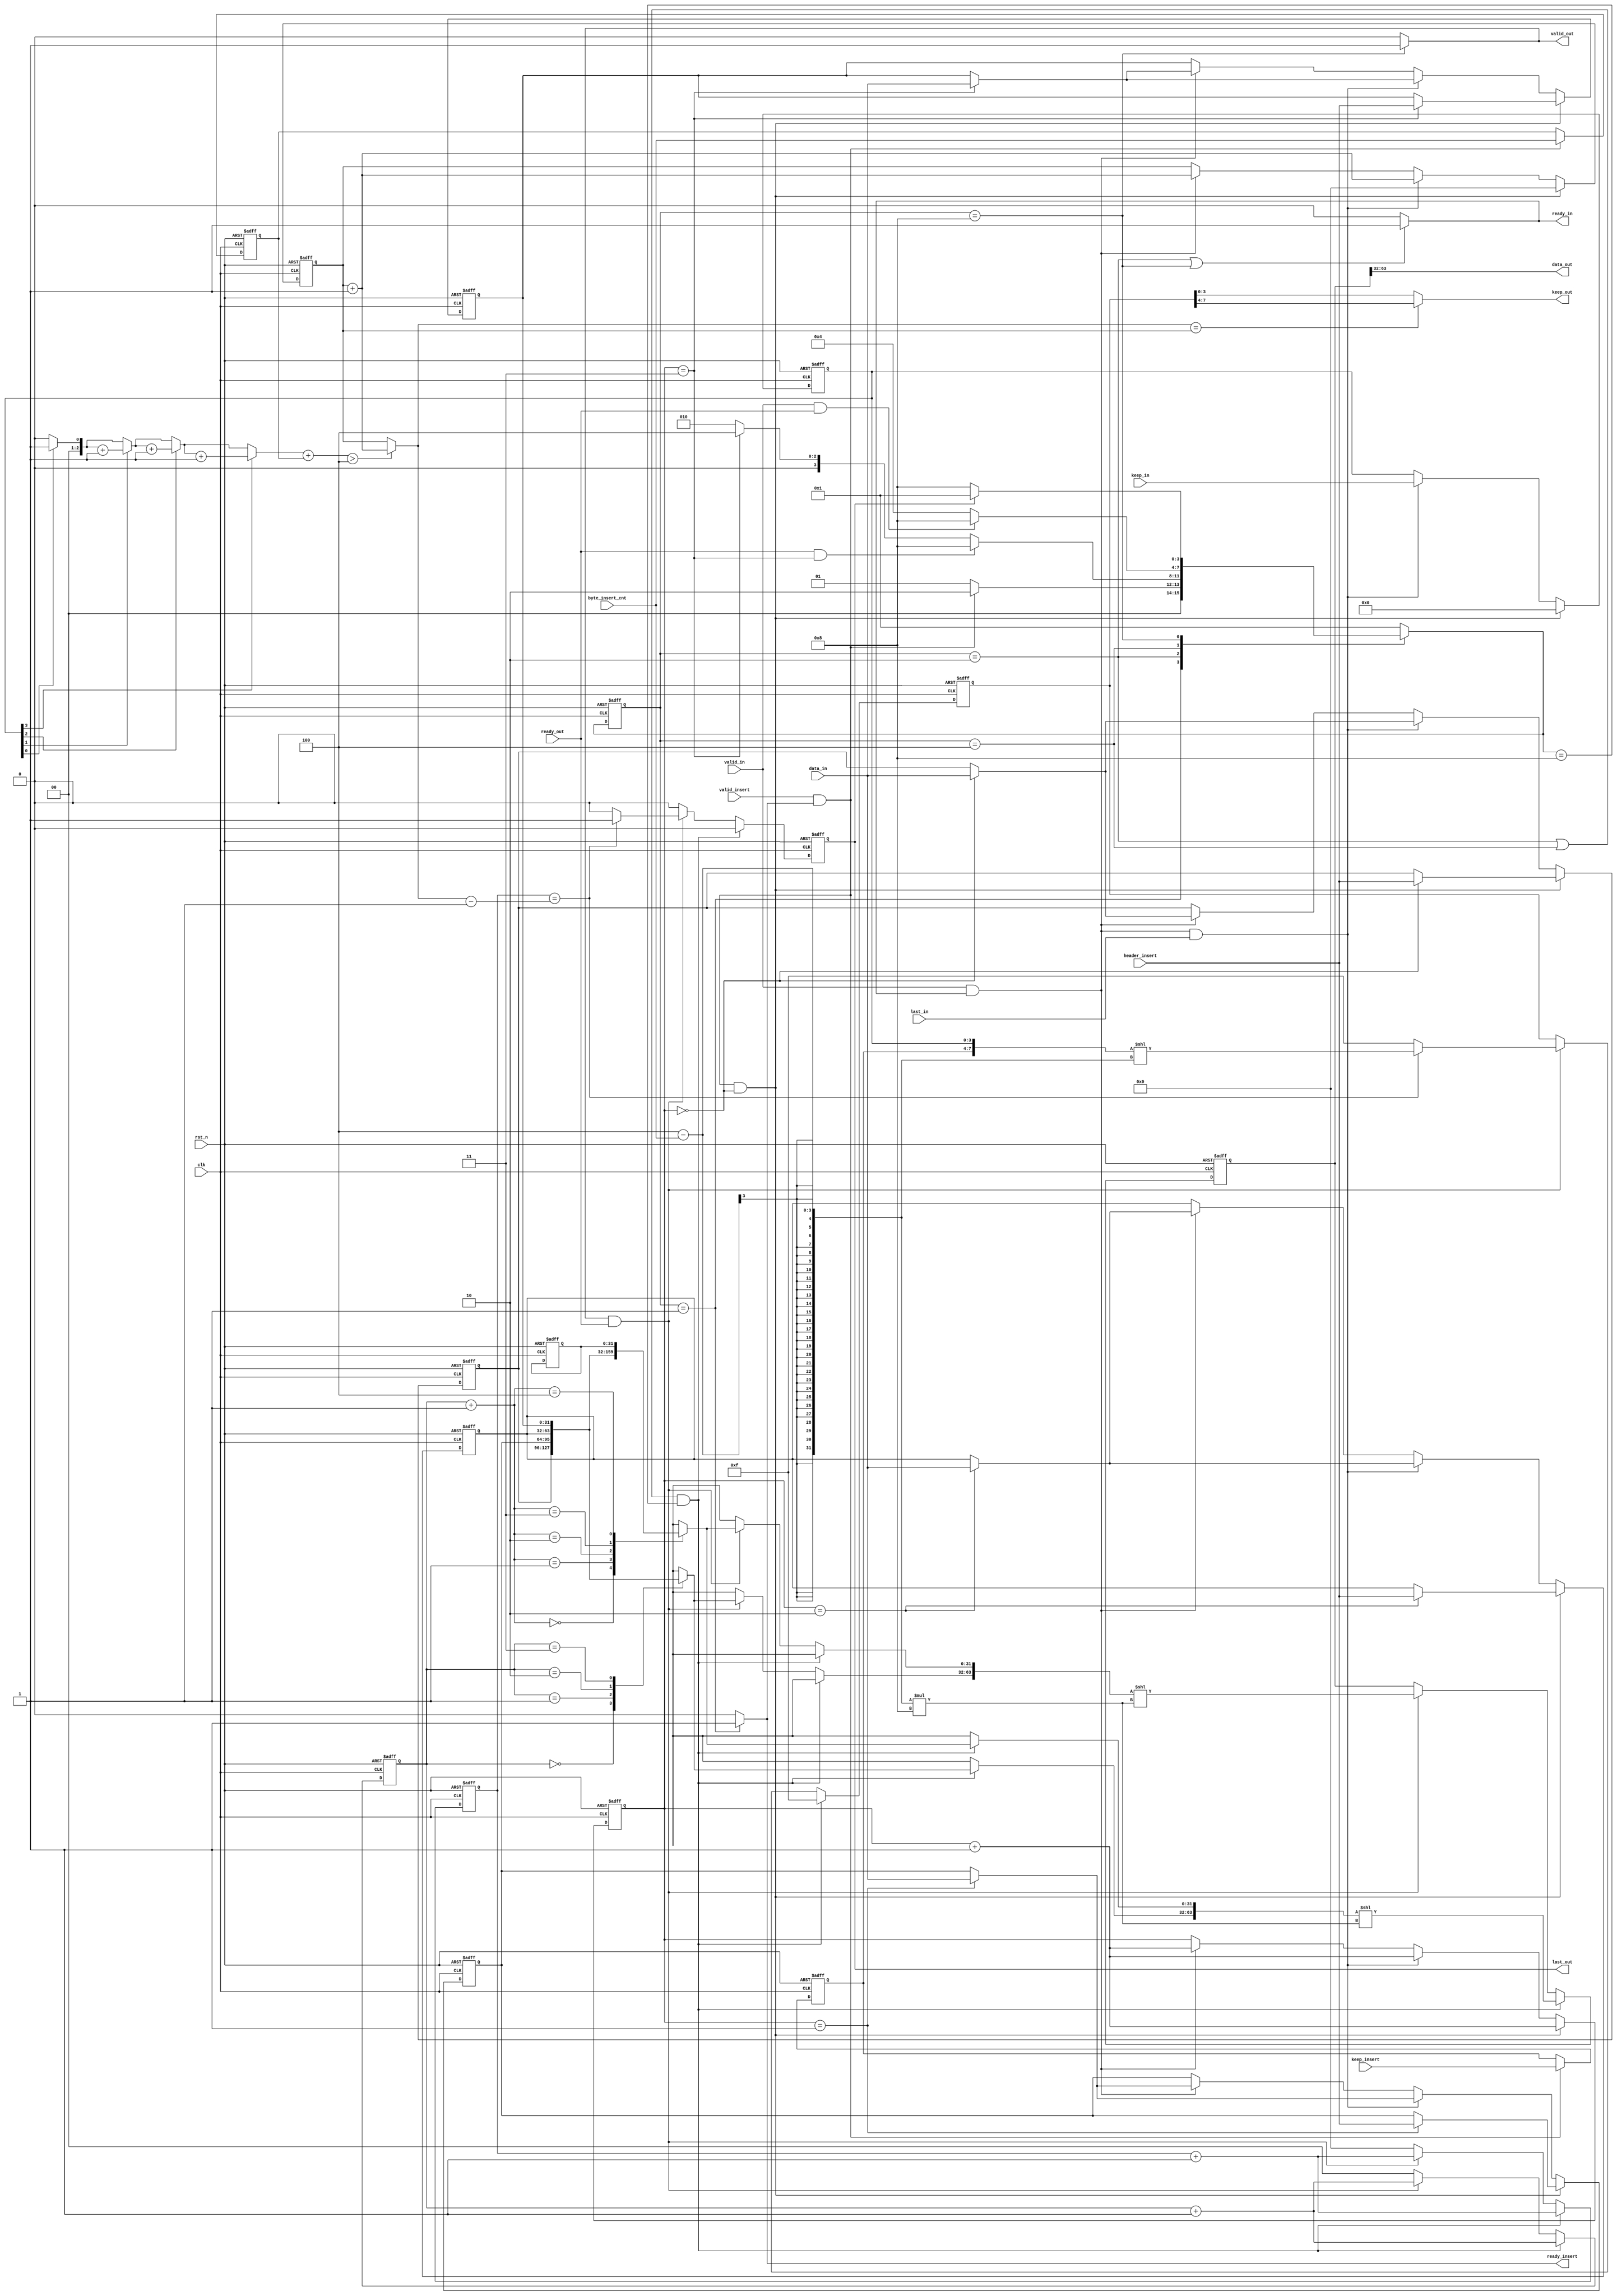
module axi_stream_insert_header #(
    parameter DATA_WD = 32,
    parameter DATA_BYTE_WD = DATA_WD / 8,
    parameter BYTE_CNT_WD = $clog2(DATA_BYTE_WD)
) (
    input clk,
    input rst_n,
    // AXI Stream input original data
    input valid_in,
    input [DATA_WD-1 : 0] data_in,
    input [DATA_BYTE_WD-1 : 0] keep_in,
    input last_in,
    output ready_in,
    // AXI Stream output with header inserted
    output valid_out,
    output [DATA_WD-1 : 0] data_out,
    output [DATA_BYTE_WD-1 : 0] keep_out,
    output last_out,
    input ready_out,
    // The header to be inserted to AXI Stream input
    input valid_insert,
    input [DATA_WD-1 : 0] header_insert,
    input [DATA_BYTE_WD-1 : 0] keep_insert,
    input [BYTE_CNT_WD : 0] byte_insert_cnt,
    output ready_insert
);

// Your code here
function [BYTE_CNT_WD:0]count_1;
    input [DATA_BYTE_WD-1:0] data_in;
    reg [BYTE_CNT_WD:0]cnt,n;
begin
    cnt=0;
    for (n=0;n<DATA_BYTE_WD; n=n+1) begin
        if(data_in[n])
            cnt = cnt+1'b1; 
            count_1 =cnt;
    end
end
endfunction

localparam IDEL = 4'b0001;
localparam HAEDER_INSERT = 4'b0010;
localparam WAIT = 4'b0100;
localparam IN_OUT = 4'b1000;

reg [3:0] current_state;
reg [3:0] next_state;
reg [BYTE_CNT_WD : 0] byte_insert_cnt_temp;
reg [DATA_BYTE_WD-1 : 0] keep_insert_temp;
reg [DATA_WD-1:0] mem [0:4];
reg [1:0] addr_in;
reg [1:0] addr_out;
reg[4:0] cnt_temp;
reg [DATA_BYTE_WD-1 : 0] keepin_last;
wire [BYTE_CNT_WD:0] keepin_last_count;
wire [4:0] out_cnt ;
reg [2*DATA_WD-1 : 0] data_out_reg;
reg [2*DATA_BYTE_WD-1 : 0] keep_out_reg;
reg last_out_reg;
reg [4:0]cnt_out_temp;

    assign keepin_last_count = count_1(keepin_last);//keep1
    assign ready_in = (current_state == HAEDER_INSERT || current_state==IN_OUT)?1'b1:1'b0;
    assign ready_insert = (current_state == IDEL)?1'b1:1'b0;
    assign valid_out = (current_state == IN_OUT)?1'b1:1'b0;
    assign out_cnt = (keepin_last_count+byte_insert_cnt_temp>DATA_BYTE_WD)?cnt_temp+1'b1:cnt_temp;//
                                                                                                //header keep=4b0111 last keep = 4'b1100
                                                                                                //header keep=4b0111 last keep = 4'b1000
    always @(posedge clk or negedge rst_n) begin
        if(!rst_n)begin
            current_state <= IDEL;
        end else begin
            current_state <= next_state;
        end
    end

    always @(*) begin
        next_state = IDEL;
        case (current_state)
            IDEL:begin
                if(valid_insert && ready_insert)//headerheader
                    next_state = HAEDER_INSERT;
                else 
                    next_state = IDEL;     
            end

            HAEDER_INSERT:begin
                if(ready_out && addr_in == 2'd3)//
                    next_state = IN_OUT;
                else if(addr_in == 2'd3)
                    next_state = WAIT;//headerready_in15RAMheaderRAMready_in
                else
                    next_state = HAEDER_INSERT;     
            end

            WAIT:begin
                if(valid_in && ready_out)//ready
                    next_state = IN_OUT;
                else 
                    next_state = WAIT;     
            end

            IN_OUT:begin
                if(last_out)//
                    next_state = IDEL;
                else 
                    next_state = IN_OUT;     
            end

            default: next_state = IDEL;
        endcase    
    end

    always @(posedge clk or negedge rst_n) begin
        if(!rst_n)begin
            byte_insert_cnt_temp <= 'b0;
            keep_insert_temp <= 'b0;
        end else if(valid_insert && ready_insert) begin
            byte_insert_cnt_temp <= byte_insert_cnt;//byte_insert_cntkeep_insert
            keep_insert_temp <= keep_insert;
        end else begin
            byte_insert_cnt_temp <= byte_insert_cnt_temp;
            keep_insert_temp <= keep_insert_temp;
        end
    end

    integer k;

    always @(posedge clk or negedge rst_n) begin
        if(!rst_n)begin
            addr_in <= 2'd0;
            cnt_temp <= 5'b0;
            keepin_last <= 'b0; 
            for(k=0;k<=4;k=k+1) 
               mem[k] <= 32'b0;        
        end else if(valid_insert && ready_insert && addr_in==2'd0) begin//RAMheader
            addr_in <= addr_in + 1'b1;
            mem[addr_in] <= header_insert;
            cnt_temp <= 5'b0;
            keepin_last <= 'b0;
        end else if (valid_in && ready_in && last_in) begin//cntkeep
            addr_in <= addr_in + 1'b1;
            mem[addr_in] <= data_in;
            cnt_temp <= cnt_temp + 1'b1;
            keepin_last <= keep_in;
        end else if (valid_in && ready_in) begin//
            addr_in <= addr_in + 1'b1;
            mem[addr_in] <= data_in;
            cnt_temp <= cnt_temp + 1'b1;
            keepin_last <= keepin_last;
        end else begin
            addr_in <= addr_in;
            cnt_temp <= cnt_temp;
            keepin_last <= keepin_last;
        end
    end

    always @(posedge clk or negedge rst_n) begin
        if(!rst_n)begin
            data_out_reg <= 'b0;
            keep_out_reg <= 'b0;
            last_out_reg <= 1'b0;
            addr_out <= 'b0;
            cnt_out_temp <= 'b0;
        end else if((current_state==HAEDER_INSERT || current_state==WAIT) && next_state == IN_OUT) begin//
            data_out_reg <= {mem[addr_out],mem[addr_out+1]} << (DATA_BYTE_WD - byte_insert_cnt)*8;
            keep_out_reg <= {DATA_BYTE_WD{1'b1}};
            last_out_reg <= 1'b0;
            addr_out <= addr_out + 1'b1;
            cnt_out_temp <= cnt_out_temp+1'b1;
        end else if (valid_out && ready_out) begin
            data_out_reg <= {mem[addr_out],mem[addr_out+1]} << (DATA_BYTE_WD - byte_insert_cnt)*8;//lastkeep
            addr_out <= addr_out + 1'b1;
            cnt_out_temp <= cnt_out_temp+1'b1;
            if (cnt_out_temp == out_cnt-1'b1) begin
            last_out_reg <= 1'b1;
            keep_out_reg <= {keep_insert_temp,keepin_last} << (DATA_BYTE_WD - byte_insert_cnt);            
            end else begin                                                                                                                                           
            last_out_reg <= 1'b0;
            keep_out_reg <= {DATA_BYTE_WD{1'b1}};               
            end
        end else begin
            data_out_reg <= data_out_reg;
            keep_out_reg <= keep_out_reg;
            last_out_reg <= 1'b0;
            addr_out <= 'b0;
            cnt_out_temp <= 'b0;
        end
    end

    assign data_out = data_out_reg[2*DATA_WD-1:DATA_WD];
    assign keep_out = (out_cnt == cnt_temp)?keep_out_reg[2*DATA_BYTE_WD-1:DATA_BYTE_WD]:keep_out_reg[DATA_BYTE_WD-1:0];
    assign last_out = last_out_reg;

endmodule